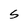
Character: S